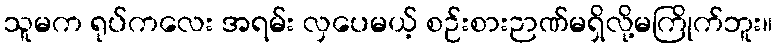
သူမက ရုပ်ကလေး အရမ်း လှပေမယ့် စဉ်းစားဉာဏ်မရှိလို့မကြိုက်ဘူး။